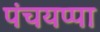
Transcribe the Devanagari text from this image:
पंचयप्पा